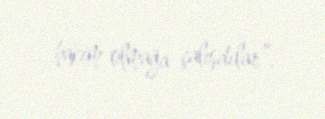
hakim olmağa çalışdılar”.